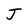
Character: J